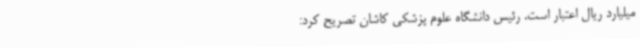
میلیارد ریال اعتبار است. رئیس دانشگاه علوم پزشکی کاشان تصریح کرد: